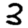
Digit: 3